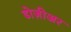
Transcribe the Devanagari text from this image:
डोज़ीअर